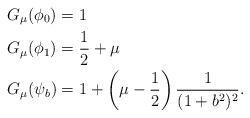
LaTeX: \begin{align*}&G_\mu(\phi_0) = 1 \\& G_\mu(\phi_1) = \frac{1}{2} + \mu \\& G_\mu(\psi_b) = 1 + \left( \mu - \frac{1}{2} \right) \frac{1}{(1+b^2)^2}.\end{align*}